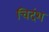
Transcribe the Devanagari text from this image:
चिदंश